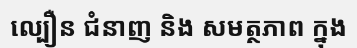
ល្បឿន ជំនាញ និង សមត្ថភាព ក្នុង